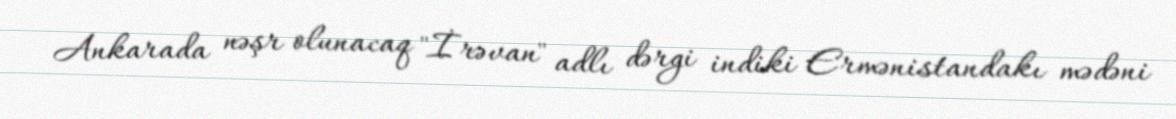
Ankarada nəşr olunacaq "İrəvan" adlı dərgi indiki Ermənistandakı mədəni